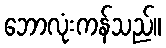
ဘောလုံးကန်သည်။